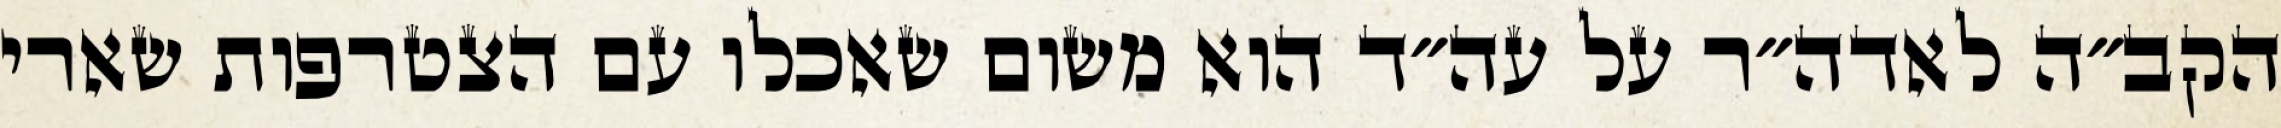
הקב״ה לאדה״ר על עה״ד הוא משום שאכלו עם הצטרפות שארי